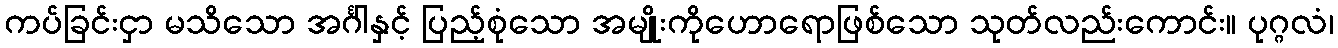
ကပ်ခြင်းငှာ မသိသော အင်္ဂါနှင့် ပြည့်စုံသော အမျိုးကိုဟောရောဖြစ်သော သုတ်လည်းကောင်း။ ပုဂ္ဂလံ၊